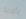
بأمريكا